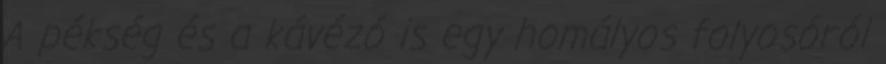
A pékség és a kávézó is egy homályos folyosóról